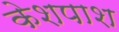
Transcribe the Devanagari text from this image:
केशपाश